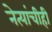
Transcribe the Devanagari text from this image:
नेत्यांचीही